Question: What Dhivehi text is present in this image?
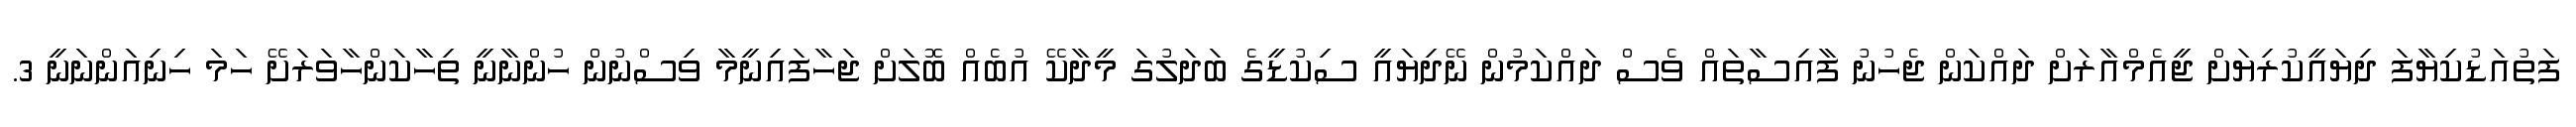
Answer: ފަތުއަޑުކިޔާފަ ދިޔައީކުރިޔަށް ޖީއެމްއާރަށް ދައްކަން ޖެހުނު ފާއިސާތައް ވެސް ދައްކަމުން ނޭދިޔައީ ސިކުޑީގެ ބަދަލުގަ މީދާކޭ އުބެއް ބޮލަށް ޖަހާފައިނީމާ ވިސްނުން ހުންނާނީ ތިހާކަންހާވަރަށޭ ހަމަ ހިނިއަންނަނީ 3.